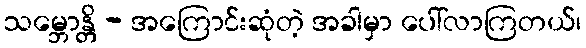
သမ္ဘောန္တိ - အကြောင်းဆုံတဲ့ အခါမှာ ပေါ်လာကြတယ်၊